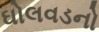
ઘોલવડનો